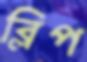
ব্লিপ